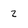
Character: z